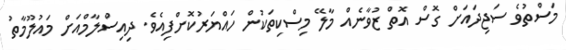
މަސްތުވެ ސަޖިދައަށް ގޮސް އޮތް ޒުވާނެއް މާލޭ މިސްކިތަކުން ހައްޔަރުކޮށްފިއެވެ. ދިއިސްލާމްއަށް މައުލޫމާތު